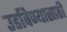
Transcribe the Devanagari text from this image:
उडविण्यासाठी